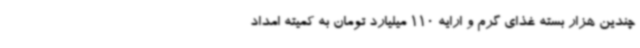
چندین هزار بسته غذای گرم و ارایه 110 میلیارد تومان به کمیته امداد